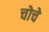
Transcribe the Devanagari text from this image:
चोचे